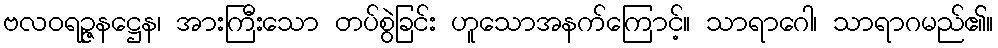
ဗလဝရဉ္ဇနဋ္ဌေန၊ အားကြီးသော တပ်စွဲခြင်း ဟူသောအနက်ကြောင့်။ သာရာဂေါ၊ သာရာဂမည်၏။